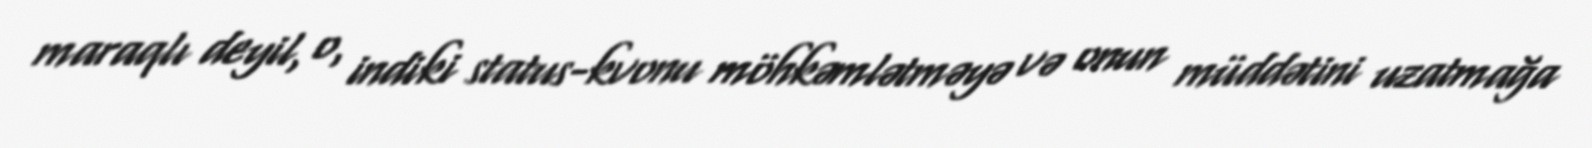
maraqlı deyil, o, indiki status-kvonu möhkəmlətməyə və onun müddətini uzatmağa